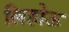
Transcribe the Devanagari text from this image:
लिहोऊ